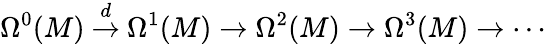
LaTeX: \Omega^{0}(M)\ {\stackrel{d}{\to}}\ \Omega^{1}(M)\to\Omega^{2}(M)\to\Omega^{3}(M)\to\cdots